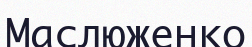
Маслюженко